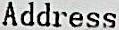
ADDRESS